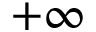
+ \infty